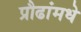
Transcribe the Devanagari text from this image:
प्रौढांमधे